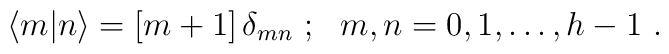
\langle m\vert n\rangle =[m+1]\,{\delta}_{mn}\ ;\ \ m,n=0,1,\ldots ,h-1\ .